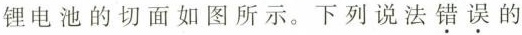
锂电池的切面如图所示。下列说法\underset{·}{错}\underset{·}{误}的